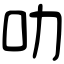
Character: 叻